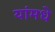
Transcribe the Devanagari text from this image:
यांमधे